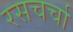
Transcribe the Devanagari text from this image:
रसचर्चा